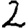
Digit: 2